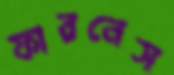
ফারনেস